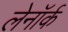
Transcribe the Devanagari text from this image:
लेनॉर्क